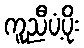
ကူညီပံ့ပိုး